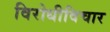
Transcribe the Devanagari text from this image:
विरोधीविचार